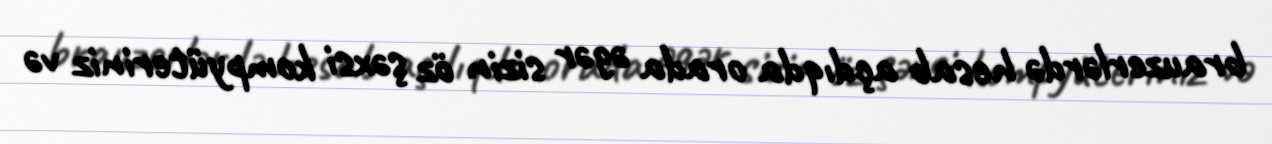
brauzerlərdə hesab açdıqda orada əgər sizin öz şəxsi kompyüteriniz və